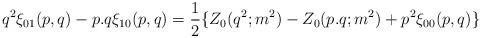
LaTeX: \begin{align*}q^2 \xi_{01}(p,q) - p.q \xi_{10}(p,q) = {1\over 2} \{Z_0 (q^2;m^2) -Z_0 (p.q; m^2) + p^2 \xi_{00}(p,q)\}\end{align*}